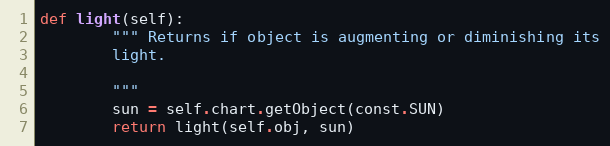
Language: Python
def light(self):
        """ Returns if object is augmenting or diminishing its
        light.

        """
        sun = self.chart.getObject(const.SUN)
        return light(self.obj, sun)